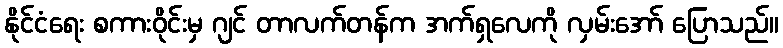
နိုင်ငံရေး စကားဝိုင်းမှ ဂျင် တာလက်တန်က အက်ရှလေကို လှမ်းအော် ပြောသည်။